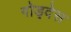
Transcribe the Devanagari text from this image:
गोड्देस